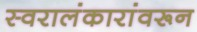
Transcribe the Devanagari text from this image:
स्वरालंकारांवरून